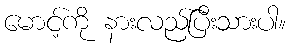
မောင့်ကို နားလည်ပြီးသားပါ။